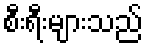
စီးရီးများသည်